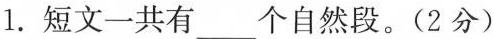
1. 短文一共有___个自然段。(2分)